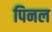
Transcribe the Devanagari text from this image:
पिनल